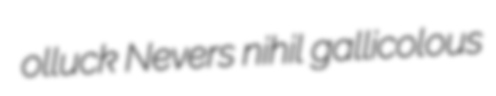
olluck Nevers nihil gallicolous